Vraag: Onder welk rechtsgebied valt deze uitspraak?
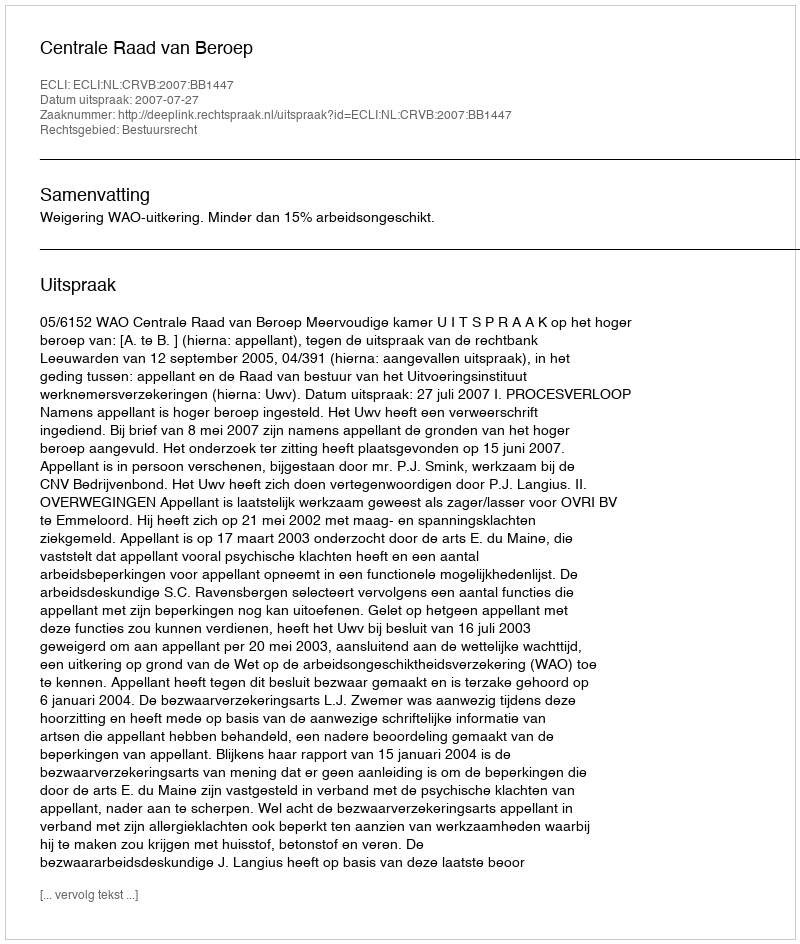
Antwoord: Bestuursrecht